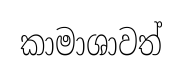
කාමාශාවත්